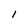
Character: l